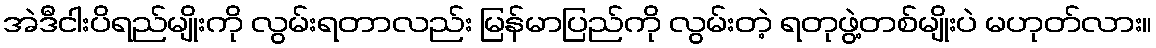
အဲဒီငါးပိရည်မျိုးကို လွမ်းရတာလည်း မြန်မာပြည်ကို လွမ်းတဲ့ ရတုဖွဲ့တစ်မျိုးပဲ မဟုတ်လား။